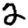
Digit: 2